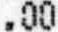
.00